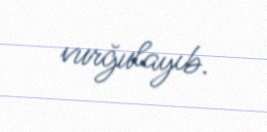
vurğulayıb.